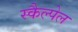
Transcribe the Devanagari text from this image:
स्कैल्पेल